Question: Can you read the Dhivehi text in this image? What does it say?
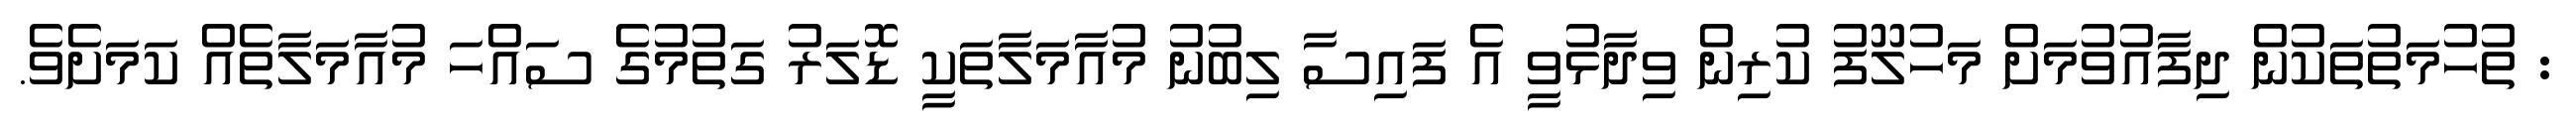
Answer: : ތުހުމަތުތަކުން ދިފާއުވުމަށް މަހުލޫފު ކުރިން ވިދާޅުވީ އެ ފައިސާ ލިބުނު މުއާމަލާތަކީ ޑޮލަރު ގަތުމުގެ ސައްހަ މުއާމަލާތެއް ކަމަށެވެ.